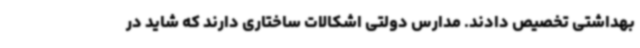
بهداشتی تخصیص دادند. مدارس دولتی اشکالات ساختاری دارند که شاید در